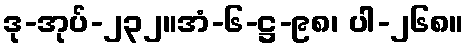
ဒု-အုပ်-၂၃၂။အံ-၆-ဋ္ဌ-၉၈၊ ပါ-၂၆၈။